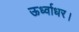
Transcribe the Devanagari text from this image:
ऊर्ध्वाधर।